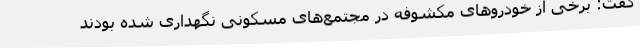
گفت: برخی از خودروهای مکشوفه در مجتمع‌های مسکونی نگهداری شده بودند